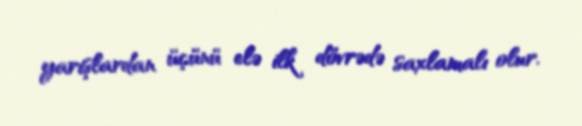
yarışlardan üçünü elə ilk dövrədə saxlamalı olur.